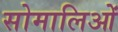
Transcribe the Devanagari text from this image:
सोमालिओं